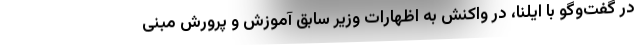
در گفت‌وگو با ایلنا، در واکنش به اظهارات وزیر سابق آموزش و پرورش مبنی